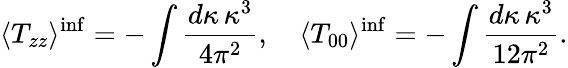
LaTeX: \langle T_{zz}\rangle^{\mathrm{inf}}=-\int\frac{d\kappa\, \kappa^{3}}{4\pi^{2}},\quad\langle T_{00}\rangle^{\mathrm{inf}}=-\int\frac{d\kappa\, \kappa^{3}}{12\pi^{2}}.